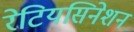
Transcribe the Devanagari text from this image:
रेटियसिनेशन